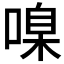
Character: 𠹑